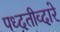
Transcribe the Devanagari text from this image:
पध्दतीव्दारे